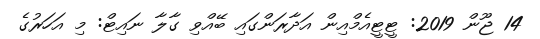
14 ޖޫން 2019: ޓީޓީއެމްއިން އަދާރަންގައި ބޭއްވި ގާލާ ނައިޓް: މި އަހަރުގެ